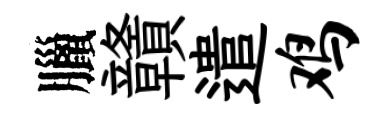
臘贛遣鸡